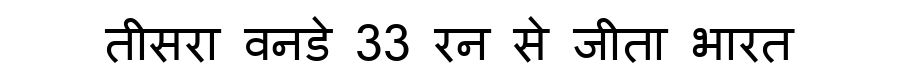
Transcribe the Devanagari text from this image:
तीसरा वनडे 33 रन से जीता भारत